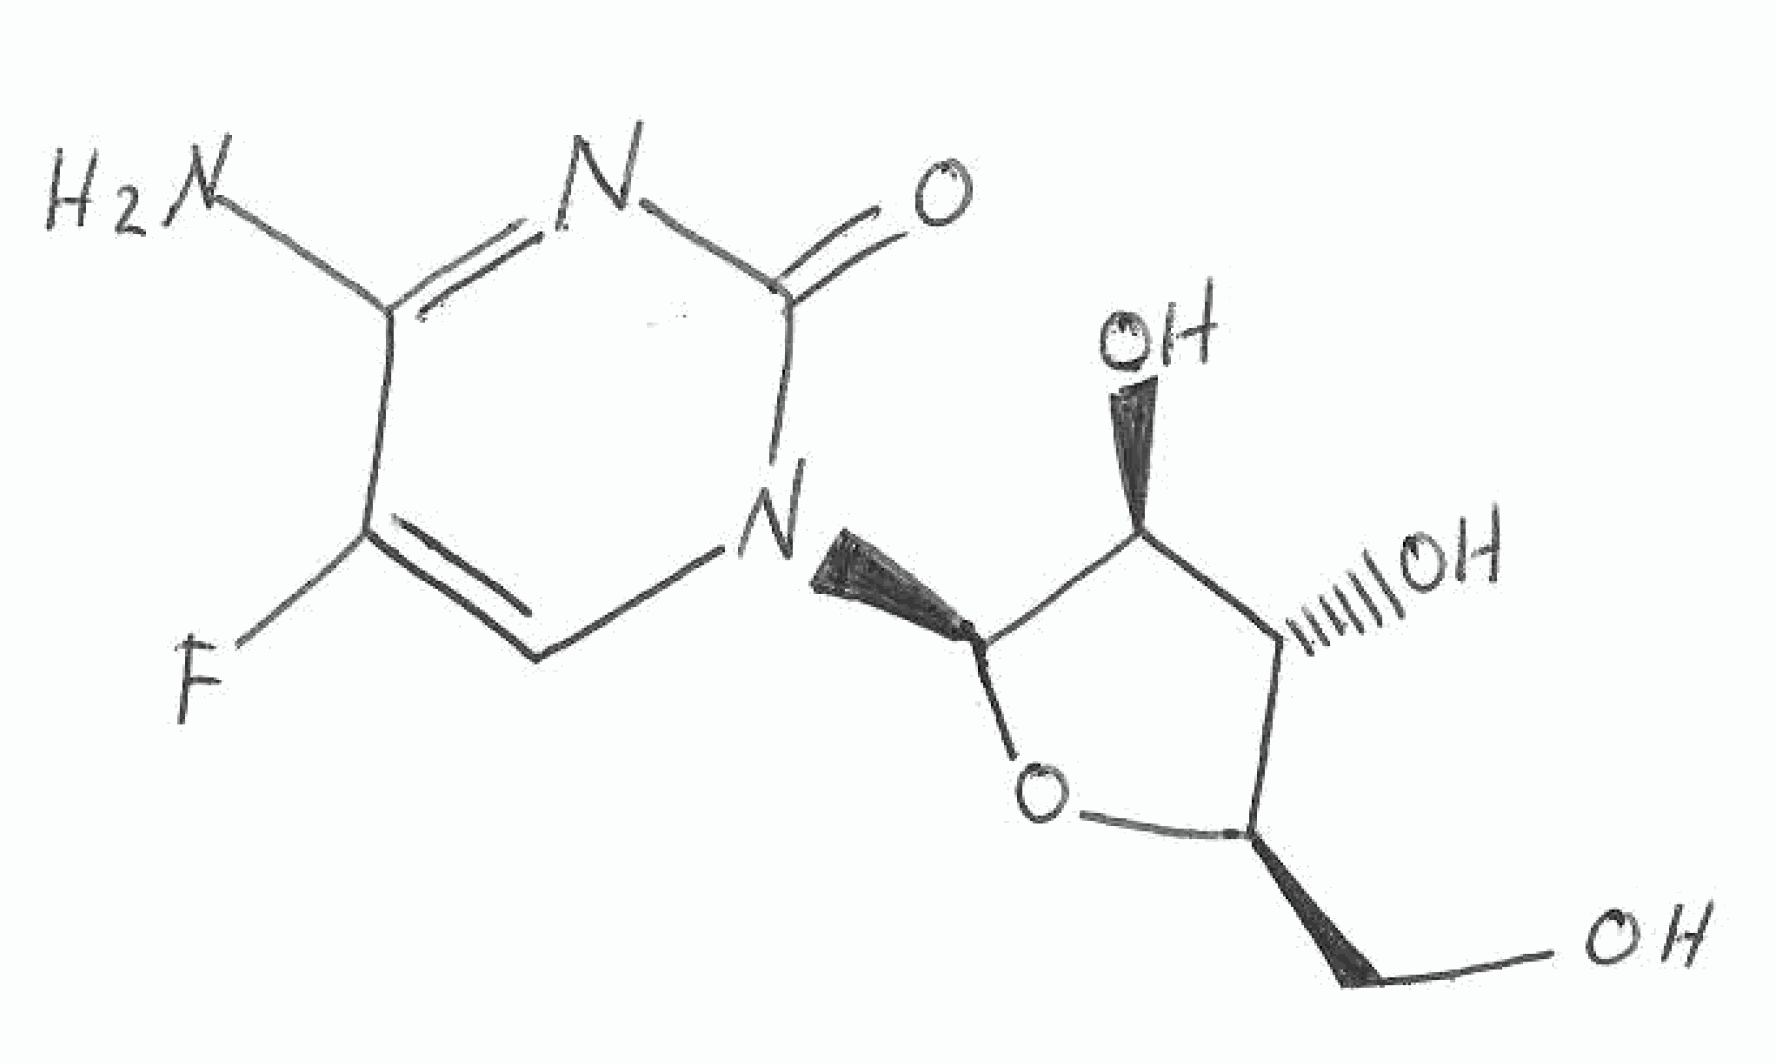
Simplified molecular-input line-entry system (SMILES) notation of the given molecule:
C1=C(C(=NC(=O)N1[C@H]2[C@H]([C@@H]([C@H](O2)CO)O)O)N)F